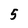
Character: 5